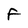
Character: F